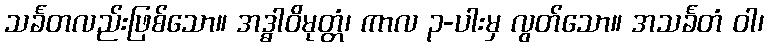
သင်္ခတလည်းဖြစ်သော။ အဒ္ဓာဝိမုတ္တံ၊ ကာလ ၃-ပါးမှ လွတ်သော။ အသင်္ခတံ ဝါ၊